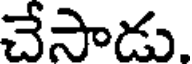
చేసాడు.